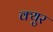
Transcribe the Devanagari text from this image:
क्युर